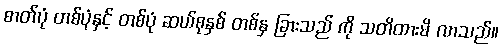
ဓာတ်ပုံ တစ်ပုံနှင့် တစ်ပုံ ဆယ်စုနှစ် တစ်နှ ခြားသည် ကို သတိထားမိ လာသည်။